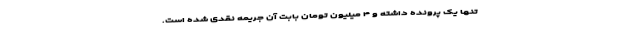
تنها یک پرونده داشته و ۴ میلیون تومان بابت آن جریمه نقدی شده است.